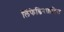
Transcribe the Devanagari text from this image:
लिंफेडिनाइटिस